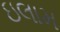
ઇલામ